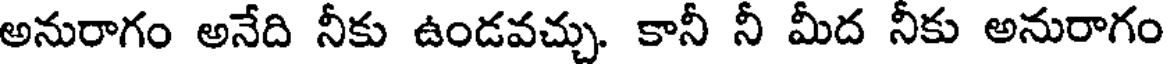
అనురాగం అనేది నీకు ఉండవచ్చు. కానీ నీ మీద నీకు అనురాగం